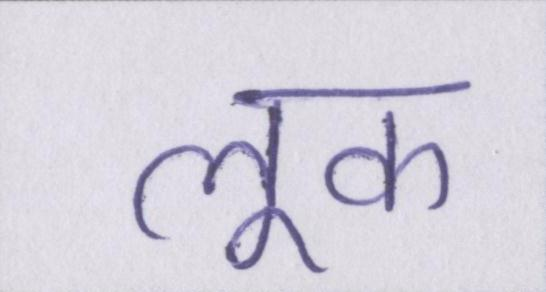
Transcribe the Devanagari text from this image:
लूक